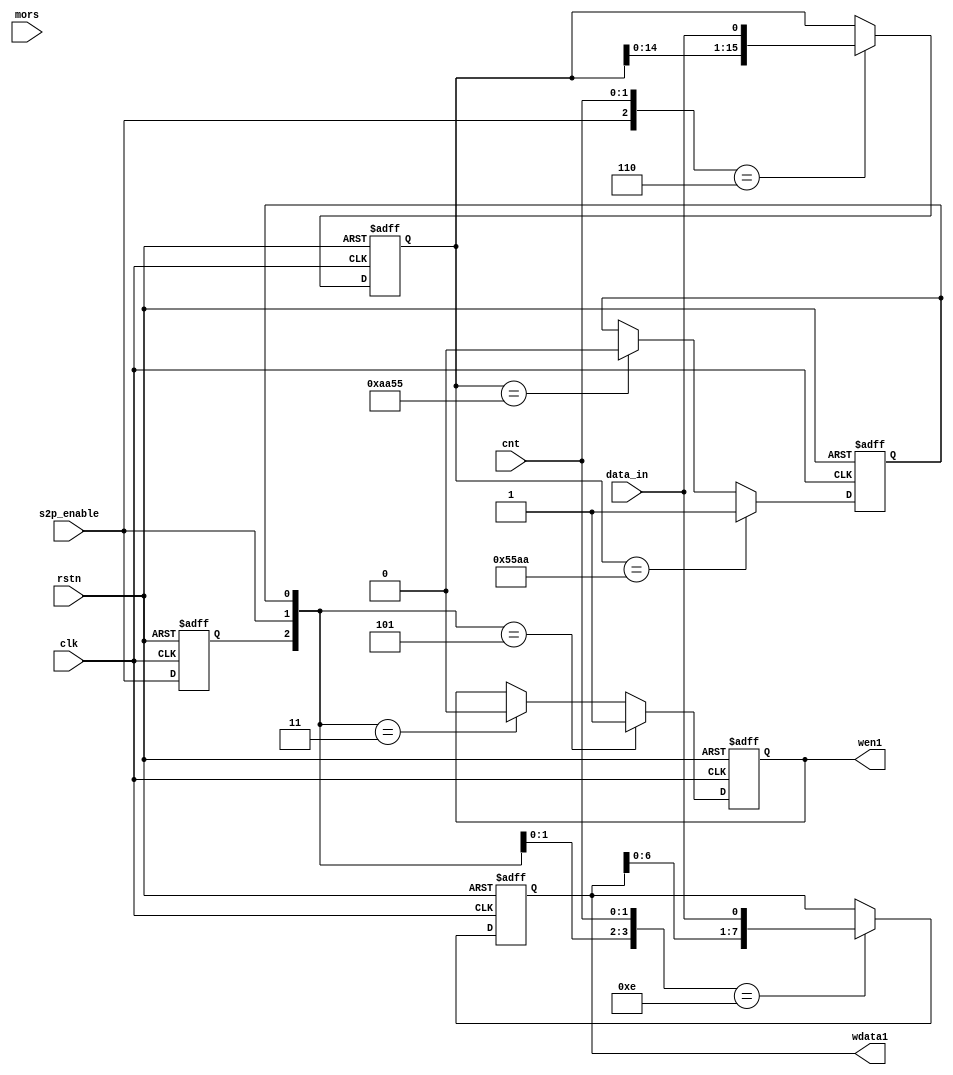
//==============================================================================
// Module name: spi_s2p
// Description: serial to parallel  
// -------------------------------------------------
// Modification log here:
// Author     :
// Date       : 
// Message    :
//==============================================================================
module spi_s2p
#(
  parameter DATAWIDTH = 8
)
(
  input                       clk,
  input                       rstn,

  input        [1:0]          cnt,

  input                       s2p_enable,

  input                       data_in,

  input                       mors,

  output reg                  wen1,
  output reg  [DATAWIDTH-1:0] wdata1
);

  reg         data_vaild;
  reg         s2p_enable_reg;
  reg  [15:0] databuff;

  always @(posedge clk or negedge rstn) begin
    if(!rstn) s2p_enable_reg <= 1'b0;
    else      s2p_enable_reg <= s2p_enable;
  end

  always @(posedge clk or negedge rstn) begin
    if(!rstn) 
      wen1 <= 1'b0;
    else if({s2p_enable_reg,s2p_enable,data_vaild} == 3'b101)
      wen1 <= 1'b1;
    else if({s2p_enable_reg,s2p_enable,data_vaild} == 3'b011)
      wen1 <= 1'b0;
  end

  always @(posedge clk or negedge rstn) begin
    if(!rstn) 
      databuff <= 16'h0000;
    else if({s2p_enable,cnt} == 3'b110)
      databuff <= {databuff[14:0],data_in};
  end   

  always @(posedge clk or negedge rstn) begin
    if(!rstn) 
      data_vaild <= 1'b0;
    else if(databuff == 16'h55aa)
      data_vaild <= 1'b1;
    else if(databuff == 16'haa55)
      data_vaild <= 1'b0;
  end

  always @(posedge clk or negedge rstn) begin
    if(!rstn)
      wdata1 <= 8'h00;
    else if({s2p_enable,data_vaild,cnt} == 4'b1110)
      wdata1 <= {wdata1[6:0],data_in};
  end

endmodule